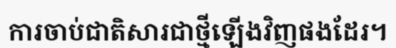
ការចាប់ជាតិសារជាថ្មីឡើងវិញផងដែរ។